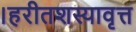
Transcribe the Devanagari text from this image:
।हरीतशस्यावृत्त